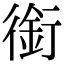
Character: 銜